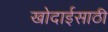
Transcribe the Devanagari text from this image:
खोदाईसाठी